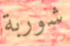
شوربة